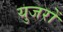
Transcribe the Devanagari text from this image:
युजरों